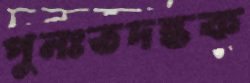
পুনঃতদন্তক